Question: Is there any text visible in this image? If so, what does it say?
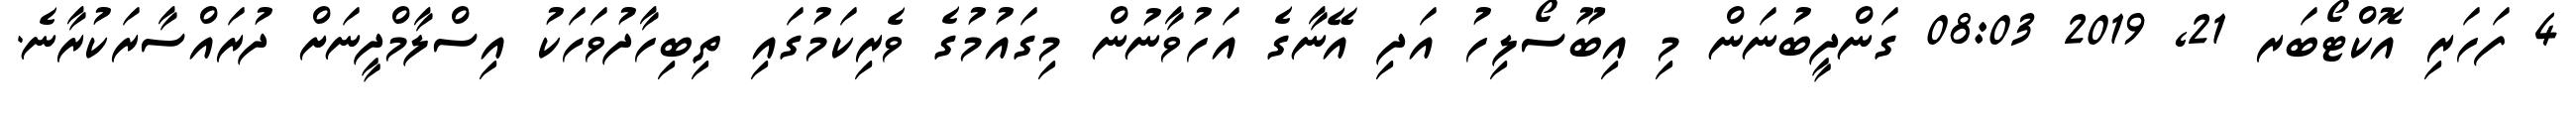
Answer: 4 ފަހަރި އޮކްޓޯބަރ 21, 2019 08:03 ގަންދީބުނަން މި އިބޫސޯލިހު އަދި އޭނާގެ އަހުވާނުން މިގައުމުގެ ވެރިކަމުގައި ތިބިހާދުވަހަކު އިސްލާމްދީނަށް ދުރައްސާރަކުރާނެ.